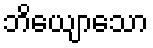
ဘိယျောသော